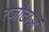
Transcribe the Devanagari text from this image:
रजौटाऔं